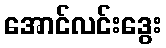
အောင်လင်းဒွေး